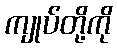
ကျုပ်တို့ကို